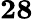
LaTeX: \boldsymbol{28}